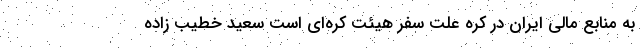
به منابع مالی ایران در کره علت سفر هیئت کره‌ای است سعید خطیب زاده